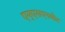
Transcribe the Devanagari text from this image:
एम्एसएनबोट